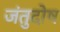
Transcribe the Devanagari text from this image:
जंतुदोष